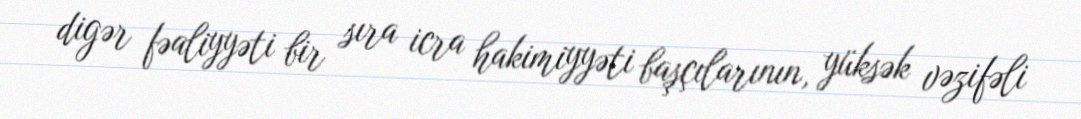
digər fəaliyyəti bir sıra icra hakimiyyəti başçılarının, yüksək vəzifəli